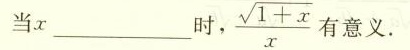
当 x ___ 时，$$\frac { \sqrt { 1 + x } } { x }$$ 有意义.